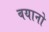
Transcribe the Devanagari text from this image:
बयानो